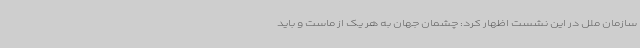
سازمان ملل در این نشست اظهار کرد: چشمان جهان به هر یک از ماست و باید